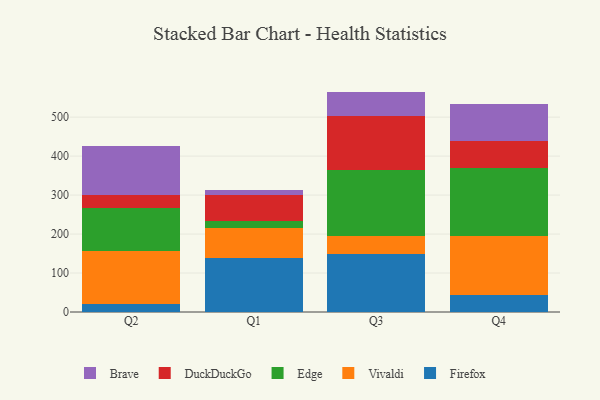
{"axis": {"x": "Quarter", "y": "Bounce Rate (%)"}, "legend": ["Brave", "DuckDuckGo", "Edge", "Firefox", "Vivaldi"], "data": [{"x": "Q2", "y": 20.7, "type": "Firefox"}, {"x": "Q2", "y": 137.1, "type": "Vivaldi"}, {"x": "Q2", "y": 110.1, "type": "Edge"}, {"x": "Q2", "y": 32.2, "type": "DuckDuckGo"}, {"x": "Q2", "y": 124.6, "type": "Brave"}, {"x": "Q1", "y": 139.2, "type": "Firefox"}, {"x": "Q1", "y": 75.9, "type": "Vivaldi"}, {"x": "Q1", "y": 19.1, "type": "Edge"}, {"x": "Q1", "y": 64.8, "type": "DuckDuckGo"}, {"x": "Q1", "y": 13.3, "type": "Brave"}, {"x": "Q3", "y": 148.3, "type": "Firefox"}, {"x": "Q3", "y": 47.2, "type": "Vivaldi"}, {"x": "Q3", "y": 168.1, "type": "Edge"}, {"x": "Q3", "y": 139.9, "type": "DuckDuckGo"}, {"x": "Q3", "y": 62.0, "type": "Brave"}, {"x": "Q4", "y": 43.4, "type": "Firefox"}, {"x": "Q4", "y": 152.2, "type": "Vivaldi"}, {"x": "Q4", "y": 175.0, "type": "Edge"}, {"x": "Q4", "y": 68.5, "type": "DuckDuckGo"}, {"x": "Q4", "y": 93.6, "type": "Brave"}]}